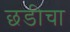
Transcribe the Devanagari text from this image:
छडीचा